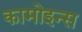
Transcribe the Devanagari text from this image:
कामोइन्स